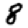
Digit: 8